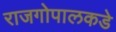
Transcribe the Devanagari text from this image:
राजगोपालकडे